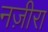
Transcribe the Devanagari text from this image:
नज़ीरा